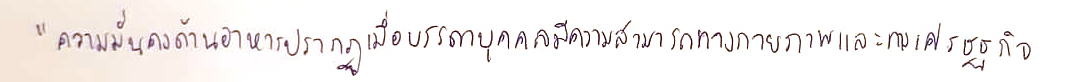
"ความมั่นคงด้านอาหารปรากฏเมื่อบรรดาบุคคลมีความสามารถทางกายภาพและทางเศรษฐกิจ